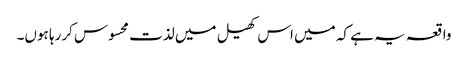
واقعہ یہ ہے کہ میں اس کھیل میں لذت محسوس کررہا ہوں۔